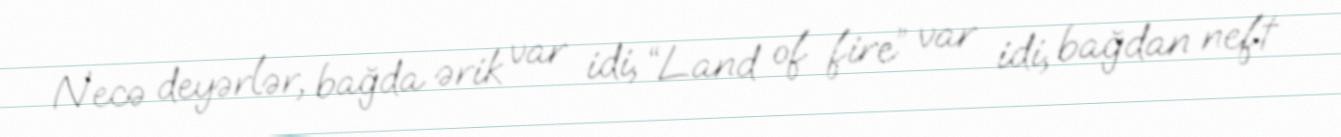
Necə deyərlər, bağda ərik var idi, “Land of fire” var idi, bağdan neft